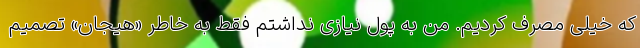
که خیلی مصرف کردیم. من به پول نیازی نداشتم فقط به خاطر «هیجان» تصمیم